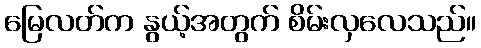
မြေလတ်က နွယ့်အတွက် စိမ်းလှလေသည်။